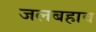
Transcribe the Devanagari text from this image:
जलबहाव